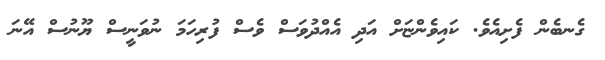
ގެނބެން ފެށިއެވެ. ކައިވެންޏަށް އަދި އެއްދުވަސް ވެސް ފުރިހަމަ ނުވަނީސް ޔޫނުސް އޭނަ